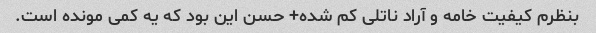
بنظرم کیفیت خامه و آراد ناتلی کم شده+ حسن این بود که یه کمی مونده است.